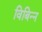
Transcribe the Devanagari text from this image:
विबिन्न